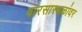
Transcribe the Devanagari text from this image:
वारसास्थळांवर